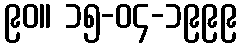
၉၀။ ၁၅-၀၄-၁၉၉၉